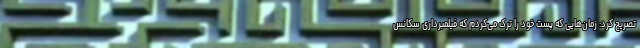
تصریح کرد: زمان‌هایی که پست خود را ترک می‌کردم که فیلمبرداری سکانس